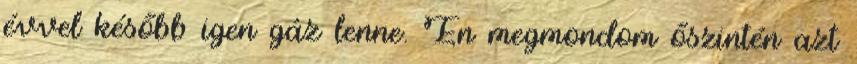
évvel később igen gáz lenne. Én megmondom őszintén azt